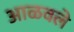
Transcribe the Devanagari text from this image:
आळवले